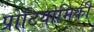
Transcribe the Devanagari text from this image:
प्रोटियोमिकी